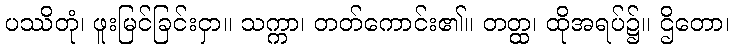
ပဿိတုံ၊ ဖူးမြင်ခြင်းငှာ။ သက္ကာ၊ တတ်ကောင်း၏။ တတ္ထ၊ ထိုအရပ်၌။ ဌိတော၊